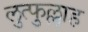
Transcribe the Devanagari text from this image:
लुत्फुल्लाह